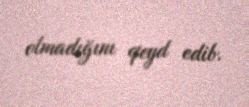
olmadığını qeyd edib.